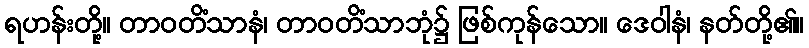
ရဟန်းတို့။ တာဝတိံသာနံ၊ တာဝတိံသာဘုံ၌ ဖြစ်ကုန်သော။ ဒေဝါနံ၊ နတ်တို့၏။